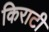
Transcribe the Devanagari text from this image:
किराटी